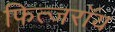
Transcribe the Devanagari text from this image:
फित्जरॉय